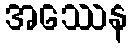
အဿေန